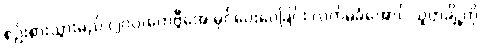
စဉ်းစားသွားမည် (၂၀၀)ကေဗွီအေ မှင်ပေးဝေခြင်း လက်မခံအောင် သူတချို့ကို